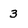
Character: 3